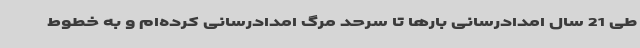
طی 21 سال امدادرسانی بارها تا سرحد مرگ امدادرسانی کرده‌ام و به خطوط